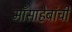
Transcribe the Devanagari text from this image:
माँसाहेबांची